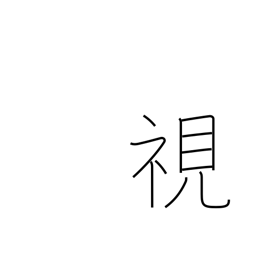
Meaning: see